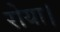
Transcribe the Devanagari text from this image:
रोया।